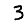
Digit: 3